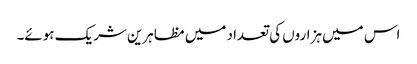
اس میں ہزاروں کی تعداد میں مظاہرین شریک ہوئے۔